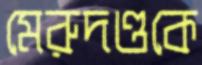
মেরুদণ্ডকে